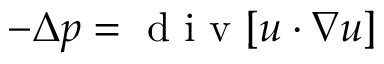
- \Delta p = \mathrm { ~ d ~ i ~ v ~ } [ u \cdot \nabla u ]